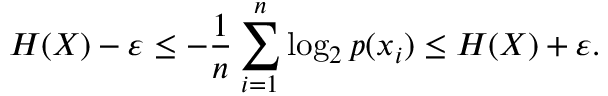
H ( X ) - \varepsilon \leq - { \frac { 1 } { n } } \sum _ { i = 1 } ^ { n } \log _ { 2 } p ( x _ { i } ) \leq H ( X ) + \varepsilon .